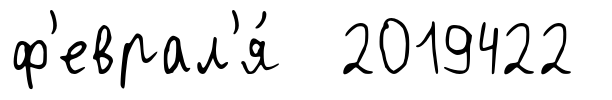
ф'еврал'я́ 2019422